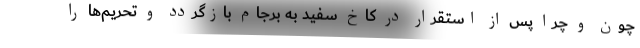
چون و چرا پس از استقرار در کاخ سفید به برجام بازگردد و تحریم‌ها را